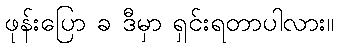
ဖုန်းပြော ခ ဒီမှာ ရှင်းရတာပါလား။